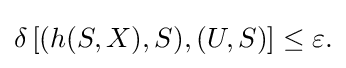
{\textstyle \delta \left[(h(S,X),S),(U,S)\right]\leq \varepsilon .}